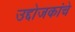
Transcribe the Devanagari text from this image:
उद्दोजकांचे